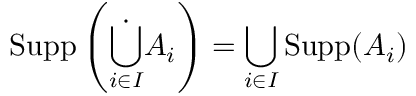
\operatorname { S u p p } \left( { \dot { \bigcup _ { i \in { I } } } } A _ { i } \right) = \bigcup _ { i \in { I } } \operatorname { S u p p } ( A _ { i } )